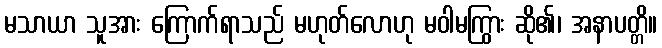
မသာယာ သူအား ကြောက်ရာသည် မဟုတ်လောဟု မဝါမကြွား ဆို၏၊ အနာပတ္တိ။